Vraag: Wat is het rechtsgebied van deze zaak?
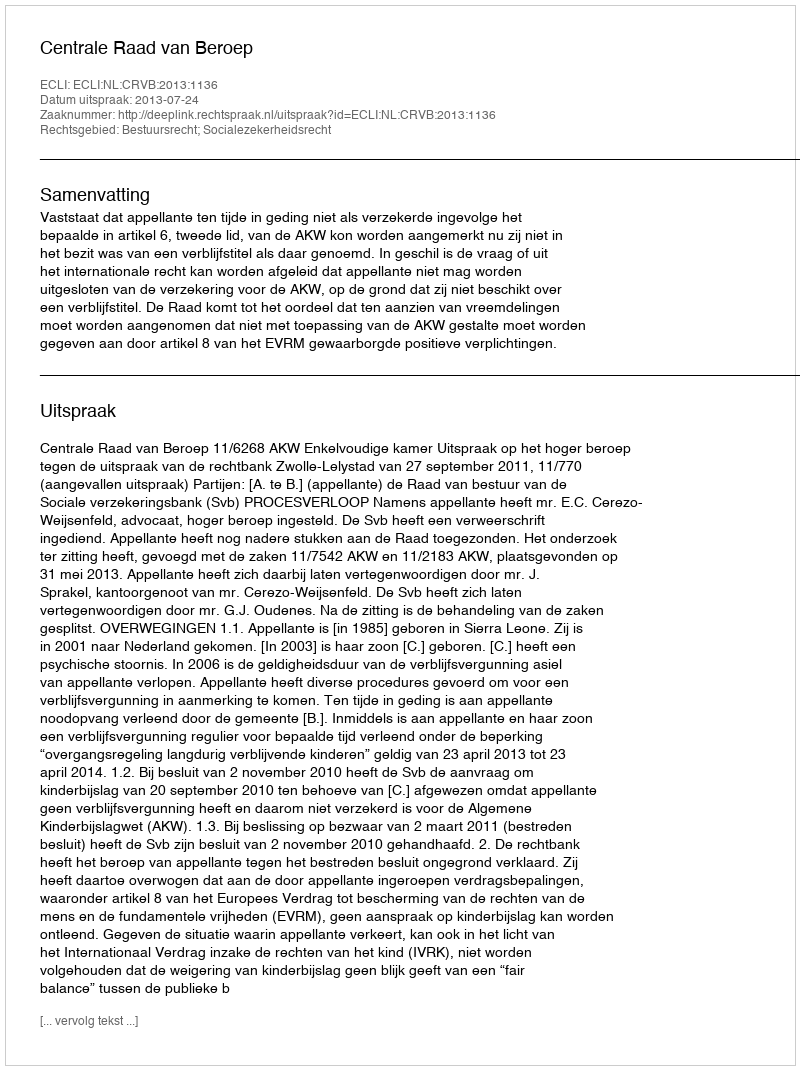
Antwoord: Bestuursrecht; Socialezekerheidsrecht